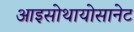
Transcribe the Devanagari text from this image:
आइसोथायोसानेट